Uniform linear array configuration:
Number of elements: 4
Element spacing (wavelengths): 0.75
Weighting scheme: uniform
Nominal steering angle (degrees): -60
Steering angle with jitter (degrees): -61.342
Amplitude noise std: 0.05
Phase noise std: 0.05

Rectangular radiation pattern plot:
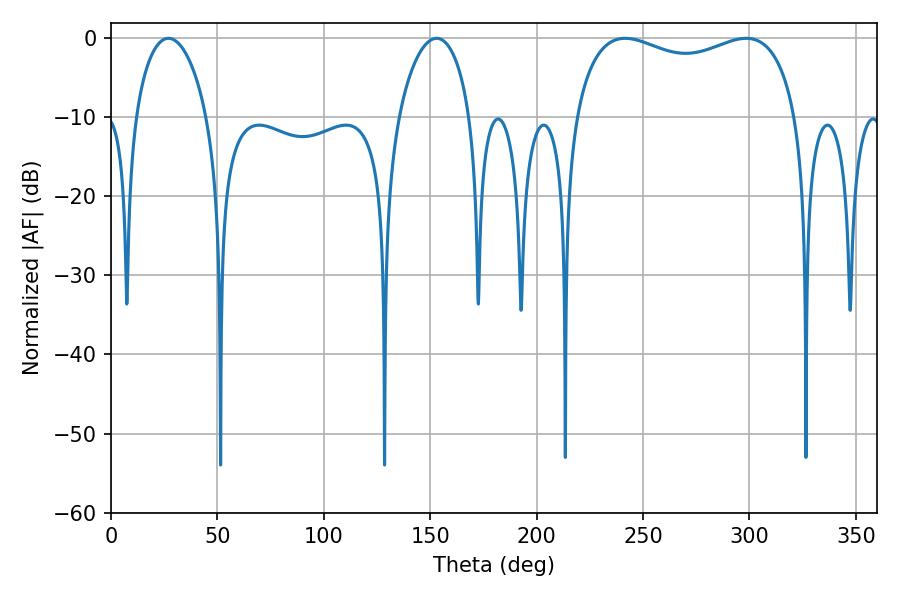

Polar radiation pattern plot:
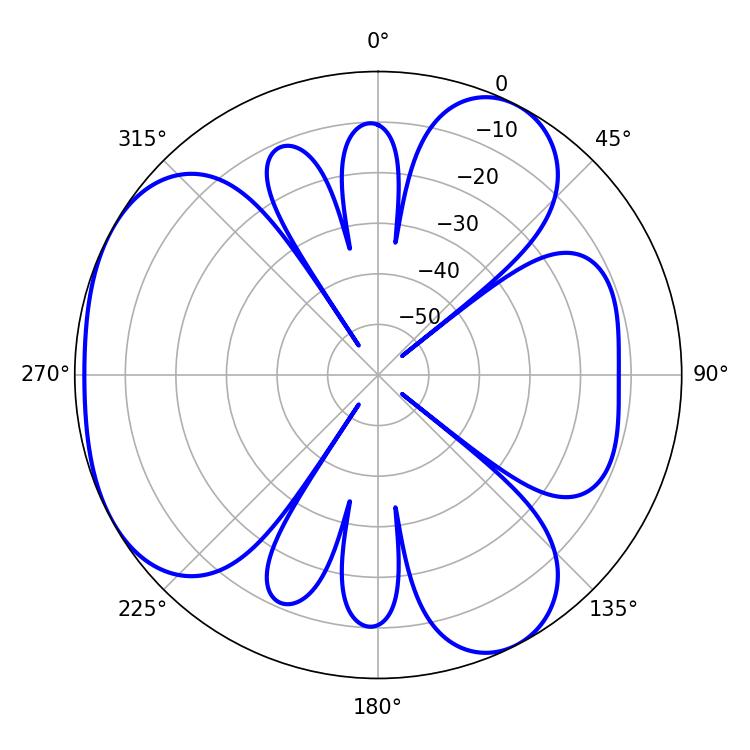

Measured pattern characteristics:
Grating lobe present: TRUE
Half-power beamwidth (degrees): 19.26
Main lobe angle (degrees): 27